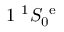
1 \ ^ { 1 } S _ { 0 } ^ { \mathrm { ~ e ~ } }